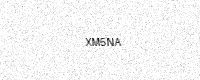
Text: XM5NA